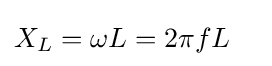
X_{L}=\omega L=2\pi fL\quad